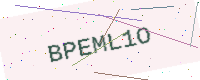
Text: BPEML1O